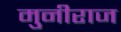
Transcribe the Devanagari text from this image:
मुनीराज